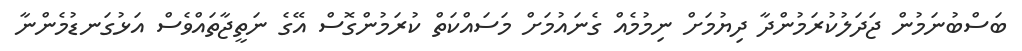
ބަސްބުނަމުން ޖަދަލުކުރަމުންދާ ދިޔުމަށް ނިމުމެއް ގެނައުމަށް މަސައްކަތް ކުރަމުންގޮސް އޭގެ ނަތީޖާތައްވެސް އަޅުގަނޑުމެންނާ